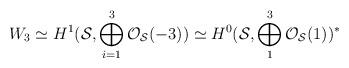
LaTeX: \begin{align*}W_3 \simeq H^{1}({\cal S}, \bigoplus_{i=1}^{3}{\cal O}_{{\cal S}}(-3))\simeq H^{0}({\cal S}, \bigoplus_{1}^{3}{\cal O}_{{\cal S}}(1))^{*}\end{align*}